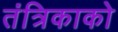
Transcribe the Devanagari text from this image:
तंत्रिकाको